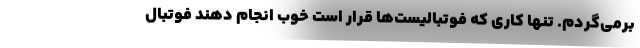
برمی‌گردم. تنها کاری که فوتبالیست‌ها قرار است خوب انجام دهند فوتبال